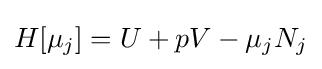
H[\mu _{j}]=U+pV-\mu _{j}N_{j}